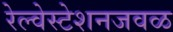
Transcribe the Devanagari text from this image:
रेल्वेस्टेशनजवळ